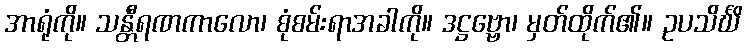
အာရုံကို။ သန္တီရဏကာလော၊ စုံစမ်းရာအခါကို။ ဒဋ္ဌဗ္ဗော၊ မှတ်ထိုက်၏။ ဥပသိင်္ဃိ